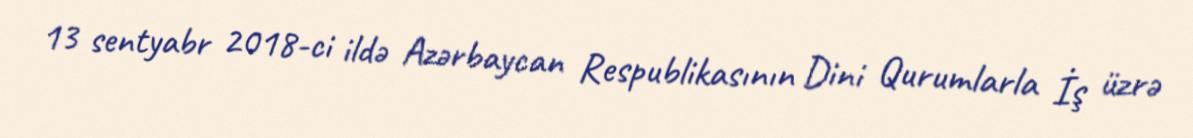
13 sentyabr 2018-ci ildə Azərbaycan Respublikasının Dini Qurumlarla İş üzrə